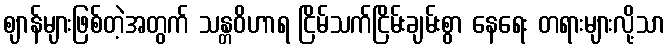
ဈာန်များဖြစ်တဲ့အတွက် သန္တဝိဟာရ ငြိမ်သက်ငြိမ်းချမ်းစွာ နေရေး တရားများလို့သာ